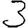
Digit: 3